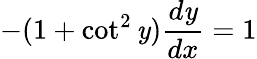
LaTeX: -(1+\cot^{2}\mathit{y}){\frac{{d\mathit{y}}}{{dx}}}=1